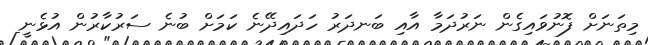
މިތަނަށް ފޮނުވައިގެން ނަރުދަމާ އާއި ބަނދަރު ހަދައިދޭނެ ކަމަށް ބުނެ ސަރުކާރުން އުޅެނީ